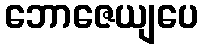
ဘောဇေယျပေ